Elephants and their diseases
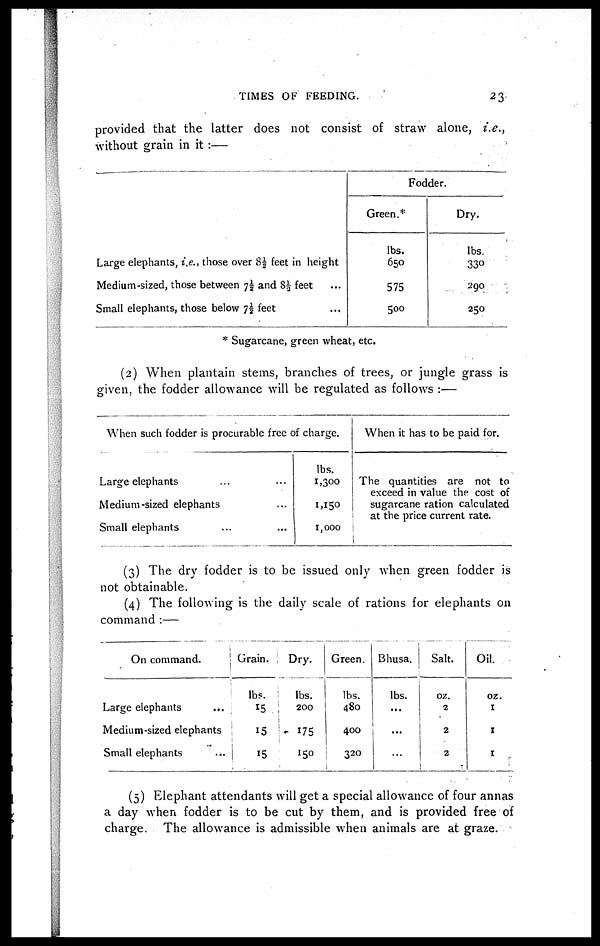
TIMES OF FEEDING.
23
provided that the latter does not consist of straw alone, i.e.,
without grain in it :—
Large elephants, i.e., those over 8½ feet in height
Medium-sized, those between 7½ and 8⅓ feet
Small elephants, those below 7½ feet
Fodder.
Green.*
lbs.
650
575
500
Dry.
lbs
330
290
250
* Sugarcane, green wheat, etc.
(2) When plantain stems, branches of trees, or jungle grass is
given, the fodder allowance will be regulated as follows :—
When such fodder is procurable free of charge.
Large elephants
Medium-sized elephants
Small elephants
lbs.
1,300
1,150
1,000
When it has to be paid for.
The quantities are not to
exceed in value the cost of
sugarcane ration calculated
at the price current rate.
(3) The dry fodder is to be issued only when green fodder is
not obtainable.
(4) The following is the daily scale of rations for elephants on
command :—
On command.
Large elephants
Medium-sized elephants
Small elephants
Grain.
lbs.
15
15
15
Dry.
lbs.
200
175
150
Green.
lbs.
480
400
320
Bhusa.
lbs.
Salt.
oz.
2
2
2
Oil.
oz.
1
1
(5) Elephant attendants will get a special allowance of four annas
a day when fodder is to be cut by them, and is provided free of
charge. The allowance is admissible when animals are at graze.